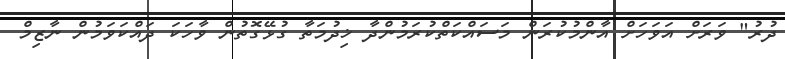
ދުރު" ވަރަށް އަވަހަށް އާންމުކުރަން މަސައްކަތްކުރަމުންދާ ޚިދުމަތާ ގުޅޭގޮތުން ވާހަކަ ދައްކަވަމުން ނާޒިމް